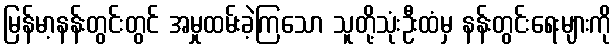
မြန်မာ့နန်းတွင်းတွင် အမှုထမ်းခဲ့ကြသော သူတို့သုံးဦးထံမှ နန်းတွင်းရေးများကို